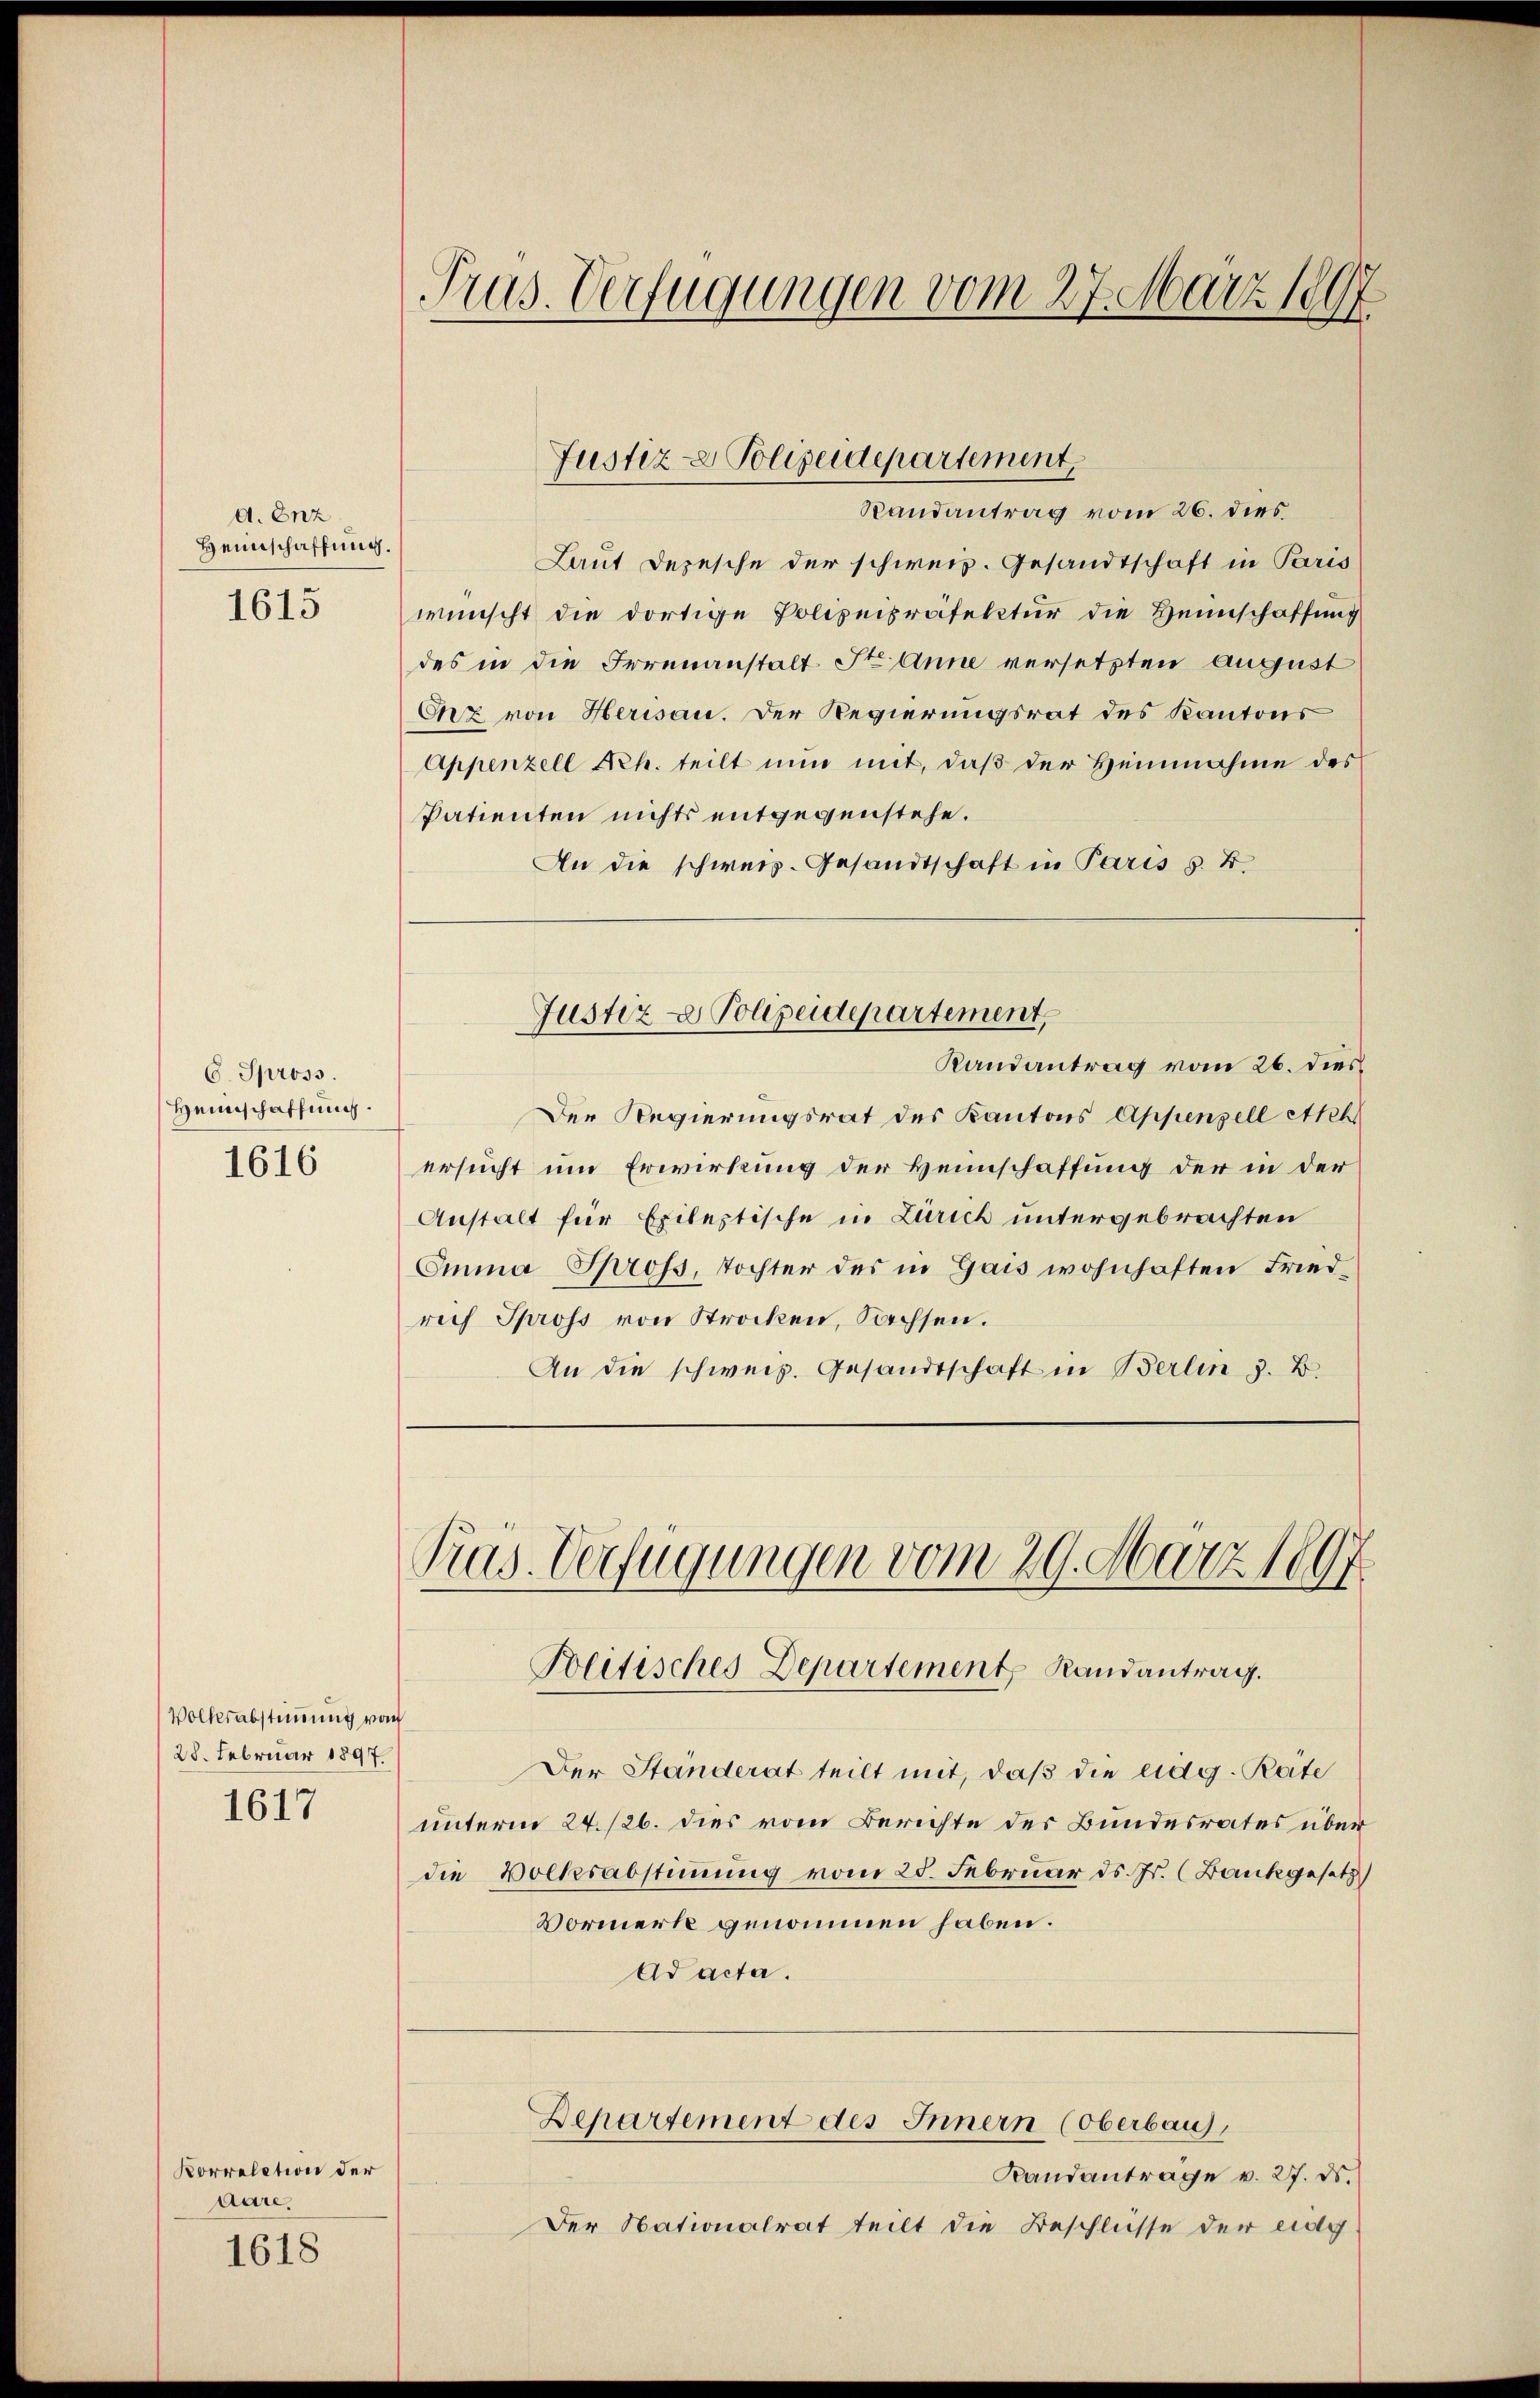
d. Enz
Heinschaffung.
1613

C. Spross.
Heinschaffung.
1616

Volksabstimmung von
28. Februar 1897.
1617

Korrelation der
aare,
1618

Prus. Verfügungen vom 27. März 1897

Randantrag vom 26. dies
Laut Depesche der schweiz. Gesandtschaft in Paris
wünscht die dortige Polizeipräfektur die Heimschaffung
des in die Irrenanstalt St. Anne versetzten August
Onz von Herisau. Der Regierungsrat des Kantons
Appenzell Frh. teilt nun mit, daß der Heinnahme des
Patienten nichts entgegenstehe.
An die schweiz. Gesandtschaft in Paris s. B.
Justiz - Polizeidepartement,
Randantrag vom 26. dies
Der Regierungsrat des Kantons Appenzell Ach
ersucht um Erwirkung der Heimschaffung der in der
Anstalt für Epileptische in Zürich untergebrachten
Omina Spross, Tochter des in Gais wohnhaften Friedrech Spross von Strocken, Sachsen.
An die schweiz. Gesandtschaft in Berlin z. B.

Justiz- & Polizeidepartement.

Präs. Verfügungen vom 29. März 1897
Politisches Departement Randantrag.

Departement des Innern (Oberbaus,

Randanträge v. 27. ds.
Der Nationalrat teilt die Beschlüsse der eidg

Der Ständerat teilt mit, daß die eidg. Räte
unterm 24./26. dies vom Berichte des Bundesrates über
die Volksabstimmung vom 25. Februar d. Js. (Bankgesetz
Vormerk genommen haben.
Ad acta.